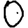
Digit: 0